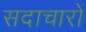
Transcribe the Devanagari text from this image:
सदाचारों